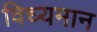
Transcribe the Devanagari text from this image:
विध्‍यमान